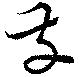
發